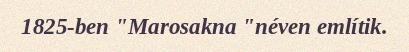
1825-ben "Marosakna "néven említik.